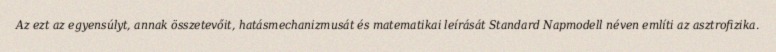
Az ezt az egyensúlyt, annak összetevőit, hatásmechanizmusát és matematikai leírását Standard Napmodell néven említi az asztrofizika.